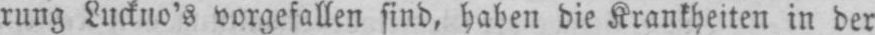
rung Luckno’s vorgefallen sind, haben die Krankheiten in der